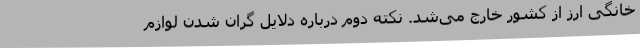
خانگی ارز از کشور خارج می‌شد. نکته دوم درباره دلایل گران شدن لوازم